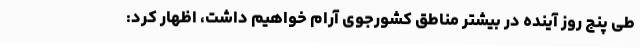
طی پنج روز آینده در بیشتر مناطق کشورجوی آرام خواهیم داشت، اظهار کرد: